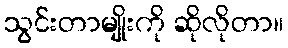
သွင်းတာမျိုးကို ဆိုလိုတာ။